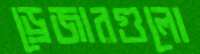
ড্রেজারগুলো